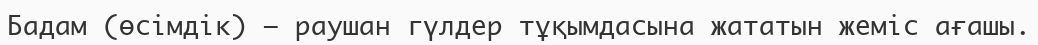
Бадам (өсімдік) – раушан гүлдер тұқымдасына жататын жеміс ағашы.